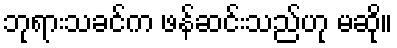
ဘုရားသခင်က ဖန်ဆင်းသည်ဟု မဆို။